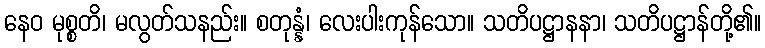
နေဝ မုစ္စတိ၊ မလွတ်သနည်း။ စတုန္နံ၊ လေးပါးကုန်သော။ သတိပဋ္ဌာနနာ၊ သတိပဋ္ဌာန်တို့၏။